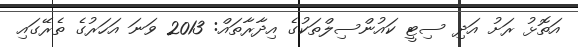
އަތޮޅު ރަށު އަދި ސިޓީ ކައުންސިލްތަކުގެ އިދާރާތައް: 2013 ވަނަ އަހަރުގެ ތެރޭގައި